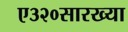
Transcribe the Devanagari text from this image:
ए३२०सारख्या